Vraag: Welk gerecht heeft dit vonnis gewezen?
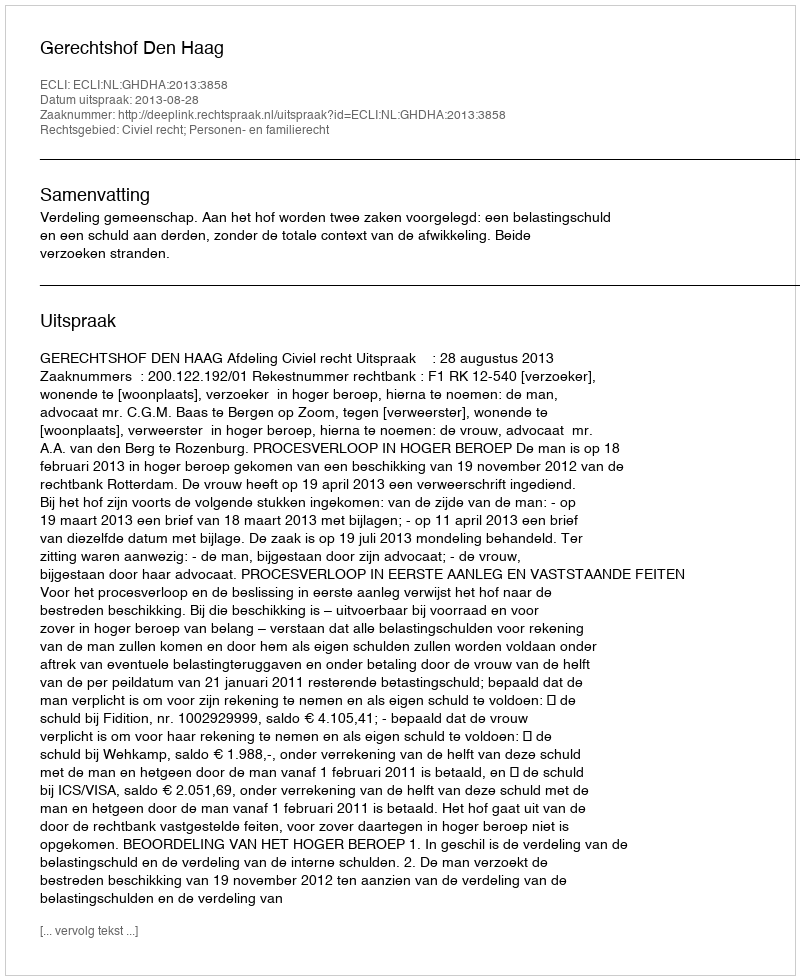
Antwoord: Gerechtshof Den Haag